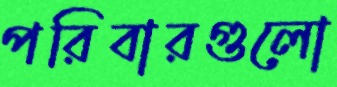
পরিবারগুলো